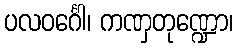
ပလဝင်္ဂေါ၊ ကဏှတုဏ္ဍော၊